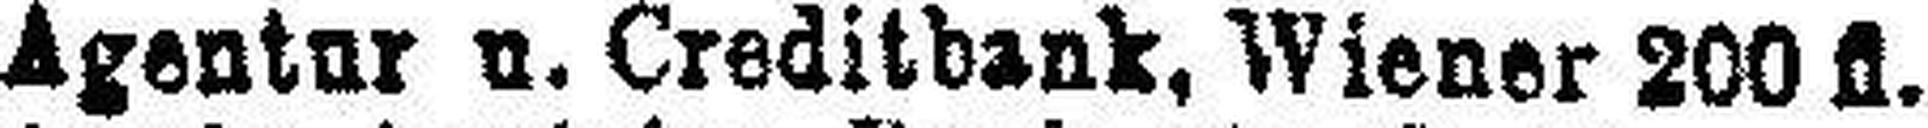
Agentur u. Creditbank, Wiener 200 fl.